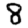
Digit: 8